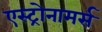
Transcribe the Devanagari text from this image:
एस्ट्रोनामर्स